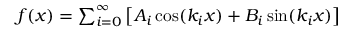
\begin{array} { r } { f ( x ) = \sum _ { i = 0 } ^ { \infty } \left[ A _ { i } \cos ( k _ { i } x ) + B _ { i } \sin ( k _ { i } x ) \right] } \end{array}